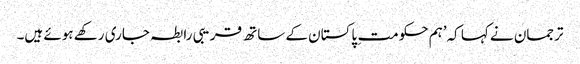
ترجمان نے کہا کہ’ہم حکومت ِ پاکستان کے ساتھ قریبی رابطہ جاری رکھے ہوئے ہیں۔